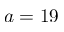
a = 1 9